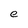
Character: e